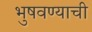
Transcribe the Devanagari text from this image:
भुषवण्याची